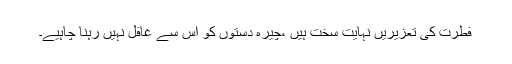
فطرت کی تعزیریں نہایت سخت ہیں ،چیرہ دستوں کو اس سے غافل نہیں رہنا چاہیے۔